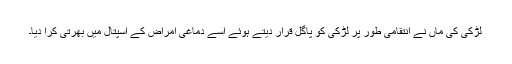
لڑکی کی ماں نے انتقامی طور پر لڑکی کو پاگل قرار دیتے ہوئے اسے دماغی امراض کے اسپتال میں بھرتی کرا دیا۔